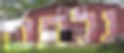
נלחם